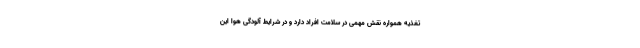
تغذیه همواره نقش مهمی در سلامت افراد دارد و در شرایط آلودگی هوا این